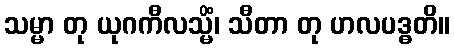
သမ္မာ တု ယုဂကီလသ္မိံ၊ သီတာ တု ဟလပဒ္ဓတိ။